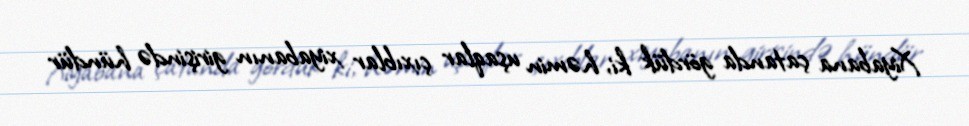
Xiyabana çatanda gördük ki, həmin uşaqlar çıxıblar xiyabanın girişində hündür